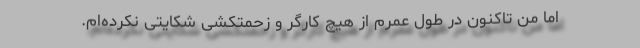
اما من تاکنون در طول عمرم از هیچ کارگر و زحمتکشی شکایتی نکرده‌ام.